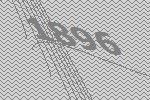
1896